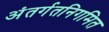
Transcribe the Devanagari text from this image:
अंतर्गतनिगमित